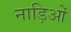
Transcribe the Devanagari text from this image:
नाड़िओं